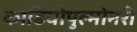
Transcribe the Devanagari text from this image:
कार्डियोपुल्मोनरी